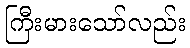
ကြီးမားသော်လည်း